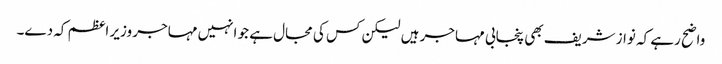
واضح رہے کہ نواز شریف بھی پنجابی مہاجر ہیں لیکن کس کی مجال ہے جو انہیں مہاجر وزیر اعظم کہ دے۔